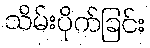
သိမ်းပိုက်ခြင်း